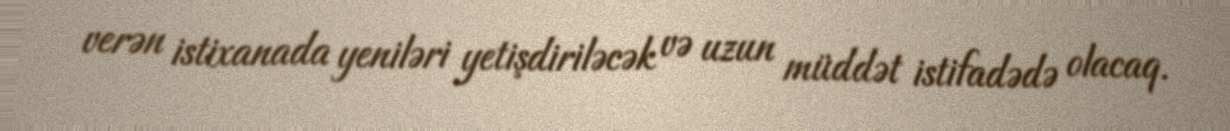
verən istixanada yeniləri yetişdiriləcək və uzun müddət istifadədə olacaq.